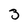
Character: 3